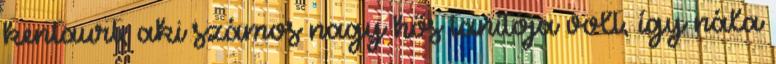
kentaurt, aki számos nagy hős tanítója volt, így nála